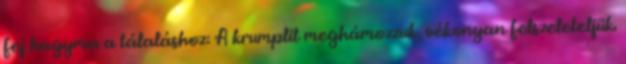
fej hagyma a tálaláshoz: A krumplit meghámozzuk, vékonyan felszeleteljük.